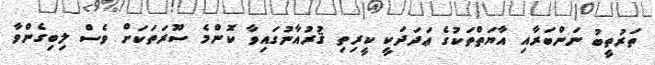
ތަރުތީބު ނަންބަރާއި އާޔަތްތަކުގެ ޢަދަދަކީ ކީރިތި ޤުރުއާނުގައިވާ ކޮންމެ ސޫރަތަކަށް ވެސް ލިބިގެންވާ